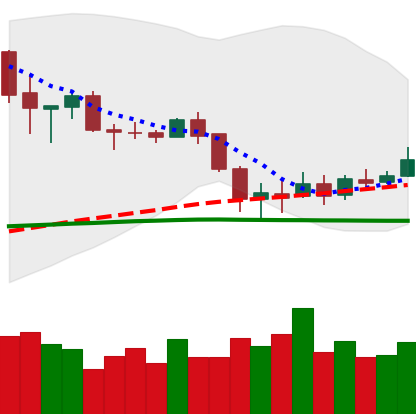
Ticker: BNB-USD
Chart end date: 2020-03-05
Forward return: -18.875%
Label: down_7plus